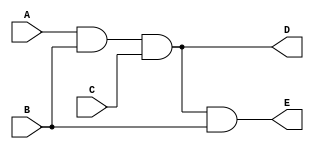
module MyAnd(A, B, C, D, E);

input A, B, C;
output D, E;
wire w1, w2, w3, w4, w5;

and AND1(w1, A, B);
and AND2(w3, w2, w4);
and AND3(E, w5, B);

assign w4 = C;
assign w2 = w1;
assign D = w3;
assign w5 = w3;

endmodule